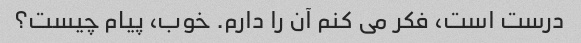
درست است، فکر می کنم آن را دارم. خوب، پیام چیست؟